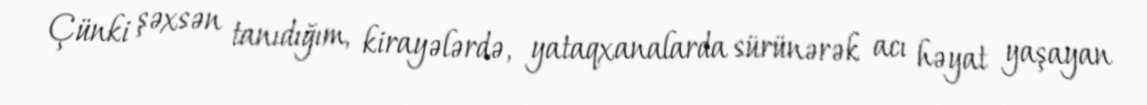
Çünki şəxsən tanıdığım, kirayələrdə, yataqxanalarda sürünərək acı həyat yaşayan